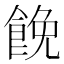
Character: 𩛟